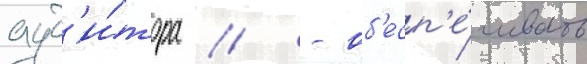
ауд'и́тора // - об'есп'е́чивать